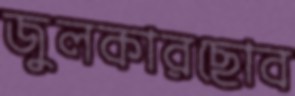
জুলকারছোব